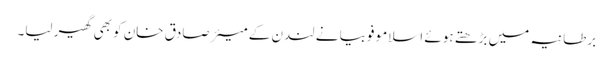
برطانیہ میں بڑھتے ہوئے اسلامو فوبیا نے لندن کے میئر صادق خان کو بھی گھیر لیا۔